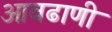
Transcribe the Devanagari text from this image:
आवढाणी